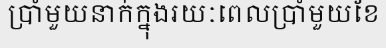
ប្រាំមួយនាក់ក្នុងរយៈពេលប្រាំមួយខែ